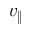
v _ { \| }